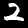
Label: 2